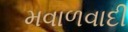
મવાળવાદી